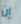
إن